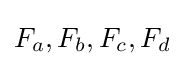
F_{a},F_{b},F_{c},F_{d}